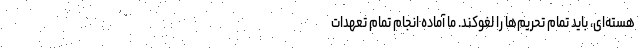
هسته‌ای، باید تمام تحریم‌ها را لغوکند. ما آماده انجام تمام تعهدات